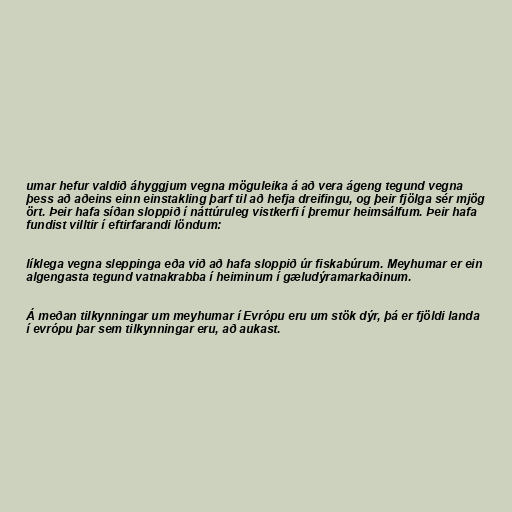
umar hefur valdið áhyggjum vegna möguleika á að vera ágeng tegund vegna
þess að aðeins einn einstakling þarf til að hefja dreifingu, og þeir fjölga sér mjög
ört. Þeir hafa síðan sloppið í náttúruleg vistkerfi í þremur heimsálfum. Þeir hafa
fundist villtir í eftirfarandi löndum:

líklega vegna sleppinga eða við að hafa sloppið úr fiskabúrum. Meyhumar er ein
algengasta tegund vatnakrabba í heiminum í gæludýramarkaðinum.

Á meðan tilkynningar um meyhumar í Evrópu eru um stök dýr, þá er fjöldi landa
í evrópu þar sem tilkynningar eru, að aukast.